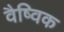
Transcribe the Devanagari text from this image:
वैष्विक